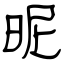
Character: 昵